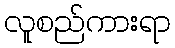
လူစည်ကားရာ